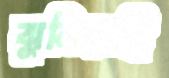
ঝুলিয়াছি